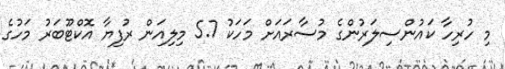
މި ހުރިހާ ކައުންސިލަރުންގެ މުސާރައަށް މަހަކު 5.7 މިލިއަން ރުފިޔާ އޮކްޓޫބަރު މަހުގެ